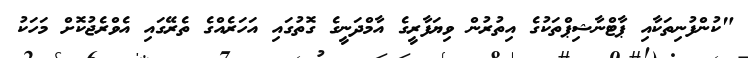
"ކުންފުނިތަކާއި ޕާޓްނާޝިޕްތަކުގެ އިތުރުން ވިޔަފާރީގެ އާމްދަނީގެ ގޮތުގައި އަހަރެއްގެ ތެރޭގައި އެވްރެޖުކޮށް މަހަކު